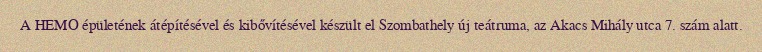
A HEMO épületének átépítésével és kibővítésével készült el Szombathely új teátruma, az Akacs Mihály utca 7. szám alatt.